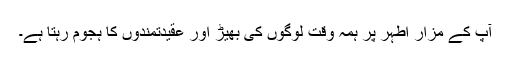
آپ کے مزار اطہر پر ہمہ وقت لوگوں کی بھیڑ اور عقیدتمندوں کا ہجوم رہتا ہے۔